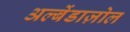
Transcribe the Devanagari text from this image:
अल्बेंडाज़ोल